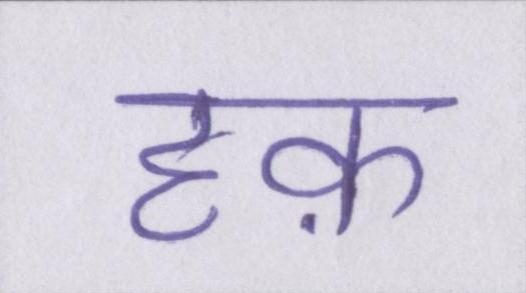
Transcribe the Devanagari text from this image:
हक़